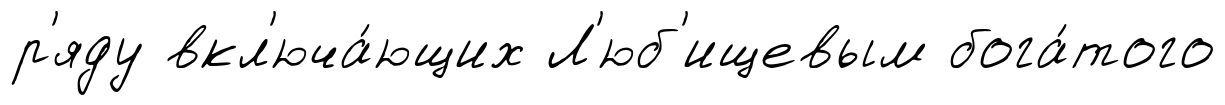
р'яду вкл'юча́ющих Л'юб'ищевым бога́того